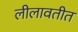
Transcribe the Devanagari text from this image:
लीलावतीत